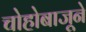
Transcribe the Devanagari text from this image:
चोहोबाजूने